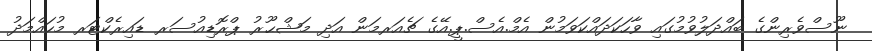
ނޫސްވެރިންގެ ބައްދަލުވުމުގައި ވާހަކަދައްކަވަމުން އެމް.އެސް.ޕީ.އޭގެ ޗެއަރމަން އަދި މަޝްޙޫރު ޕްރޮޑިއުސަރ ޑައިރެކްޓަރ މުހައްމަދު